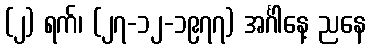
(၂) ရက်၊ (၂၇-၁၂-၁၉၇၇) အင်္ဂါနေ့ ညနေ